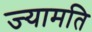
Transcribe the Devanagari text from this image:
ज्यामति